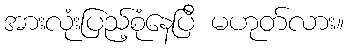
အားလုံးပြည့်စုံနေပြီ မဟုတ်လား။